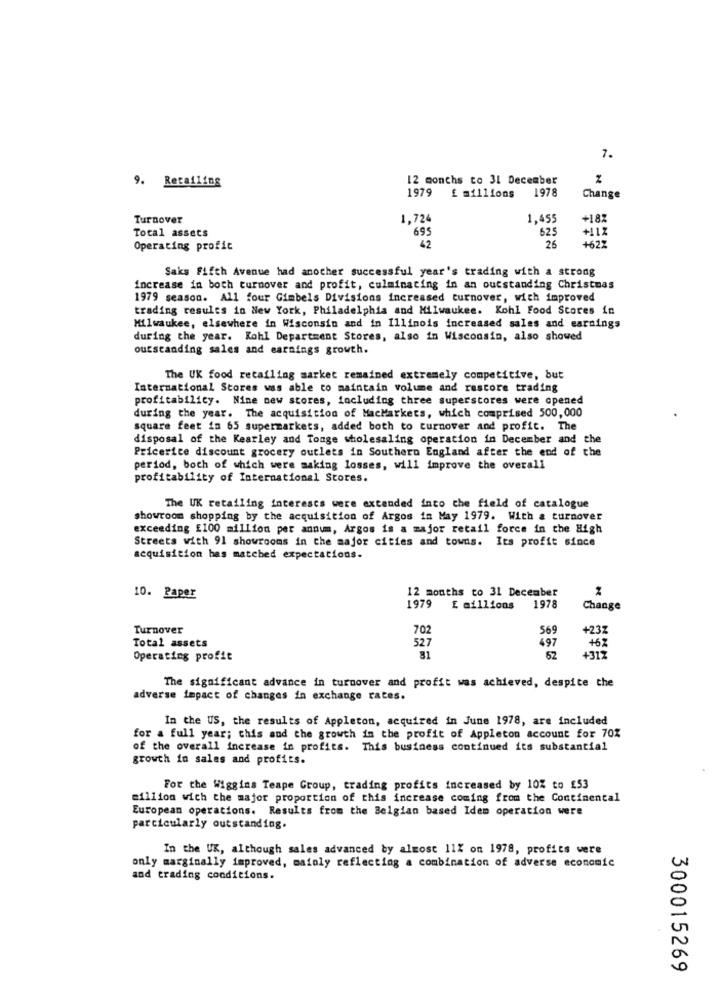
7.
9. Retailing
12 months to 31 December
1978
1979 £ millions
Change
Turnover
1,724
1,455
+182
695
625
Total assets
26
+112
1627
Operating profit
42
Saks Fifth Avenue had another successful year's trading with a strong
increase in both turnover and profit, culminating in an outstanding Christmas
1979 season. All four Gimbels Divisions increased turnover, with improved
trading results in New York, Philadelphia and Milwaukee. Kohl Food Stores in
Milwaukee, elsewhere in Wisconsin and in Illinois increased sales and earnings
during the year. Kohl Department Stores, also in Wisconsin, also showed
outstanding sales and earnings growth.
The UK food retailing market remained extremely competitive, but
International Stores was able to maintain volume and restore trading
profitability. Nine new stores, including three superstores were opened
during the year. The acquisition of MacMarkets, which comprised 500,000
square feet in 65 supermarkets, added both to turnover and profit. The
disposal of the Kearley and Tonge wholesaling operation in December and the
Pricerice discount grocery outlets in Southern England after the end of the
period, boch of which were making losses, will improve the overall
profitability of International Stores.
The UK retailing interescs were extended into the field of catalogue
showroom shopping by the acquisition of Argos in May 1979. With a turnover
exceeding £100 million per annum, Argos is a major retail force in the High
Streets with 91 showrooms in the major cities and towns. Its profit since
acquisition bas matched expectations.
12 months to 31 December
10. Paper
1979
E millions
1978
Change
Turnover
702
569
+237
Total assets
497
+6Z
527
Operating profit
81
52
+317
The significant advance in turnover and profit was achieved, despite the
adverse impact of changes in exchange rates.
In the US, the results of Appleton, acquired in June 1978, are included
for a full year; this and the growth in the profit of Appleton account for 70%
of the overall increase in profits. This business continued its substantial
growth in sales and profits.
For the Wiggins Teape Group, trading profits increased by 10% to £53
million wich the major proportion of this increase coming from the Continental
European operations. Results from the Belgian based Idem operation were
particularly outstanding.
In the UK, although sales advanced by almost 11% on 1978, profits were
only marginally improved, maioly reflecting a combination of adverse economic
and trading conditions.
300015269